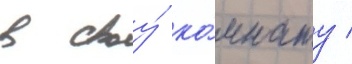
в своу́ ко́мнату /